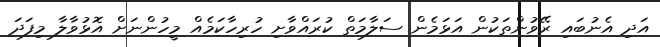
އަދި އެނުބައި ރޭވުންތަކުން އަޅަމެން ސަލާމަތް ކުރައްވާށި ހުރިހާކަމެއް މީހުންނަށް އޮޅުވާލާ މިފަދަ